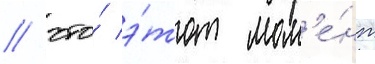
/ что́ э́тот мом'е́нт